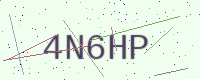
Text: 4N6HP